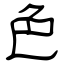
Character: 色